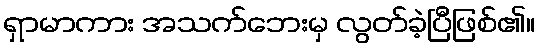
ရှာမာကား အသက်ဘေးမှ လွတ်ခဲ့ပြီဖြစ်၏။